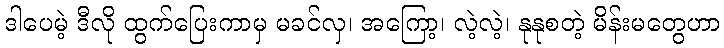
ဒါပေမဲ့ ဒီလို ထွက်ပြေးကာမှ မခင်လှ၊ အကြော့၊ လဲ့လဲ့၊ နုနုစတဲ့ မိန်းမတွေဟာ